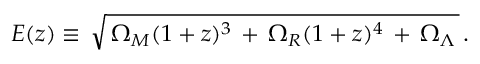
E ( z ) \equiv \, \sqrt { \, \Omega _ { M } ( 1 + z ) ^ { 3 } \, + \, \Omega _ { R } ( 1 + z ) ^ { 4 } \, + \, \Omega _ { \Lambda } \, } \, .